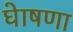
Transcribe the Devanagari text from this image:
घेाषणा